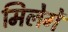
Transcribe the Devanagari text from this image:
मिलेगें